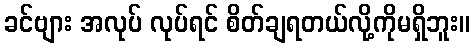
ခင်ဗျား အလုပ် လုပ်ရင် စိတ်ချရတယ်လို့ကိုမရှိဘူး။